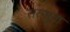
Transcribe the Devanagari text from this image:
तत्सुता